Vaccination in Burma 1900-1911 - 1900-1911
Year: 1900
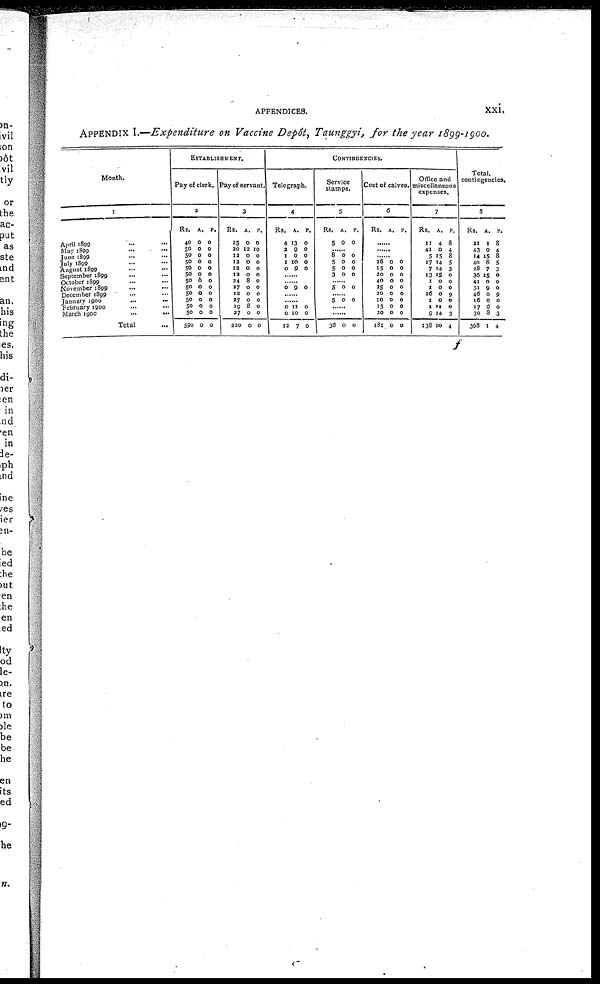
APPENDICES.
xxi.
APPENDIX I.—Expenditure on Vaccine Depôt, Taunggyi, for the year 1899-1900.
Month.
1
April 1809 ... ...
May 1899 ... ...
June 1899 ... ...
July 1899 ... ...
August 1899 ... ...
September 1899 ... ...
October 1899 ... ...
November 1899 ... ...
December 1899 ... ...
January 1900 ... ...
February 1900 ... ...
March 1900
...
...
Total ...
ESTABLISHMENT.
Pay of clerk.
2
Rs.
40
50
50
50
50
50
50
50
50
50
50
50
590
A.
0
0
0
0
0
0
6
0
0
0
0
0
0
P.
0
0
0
0
0
0
0
0
0
0
0
0
0
Pay of servant.
3
Rs.
15
30
12
12
12
12
24
27
12
27
19
27
220
A.
0
12
0
0
0
0
8
0
0
0
8
0
0
P.
0
10
0
0
0
0
0
0
0
0
0
0
0
CONTINGENCIES.
Telegraph.
4
Rs.
4
2
1
1
0
A.
13
9
0
10
9
P.
0
0
0
0
0
......
......
0 9 0
......
......
0
0
12
11
10
7
0
0
0
Service
stamps.
5
Rs.
5
A.
0
P.
0
...... 8
5
5
3
0
0
0
0
0
0
0
0
......
5 0 0
...... 5 0 0
......
......
36 0 0
Cost of calves.
6
Rs. A,
P.
......
......
...... 16
15
20
40
25
20
10
15
20
181
0
0
0
0
0
0
0
0
0
0
0 0 0 0 0 0 0 0 0
0
Office and
miscellaneous
expenses.
7
Rs.
11
41
5
17
7
13
1
1
26
1
1
9
138
A.
4
0
15
14
14
15
0
0
0
0
11
14
10
P.
8
4
8
5
3
0
0
0
9
0
0
3
4
Total.
contingencies.
8
Rs.
21
43
14
40
38
36
41
31
46
16
17
30
368
A.
1
9
15
8
7
15
0
9
0
0
6
8
1
P.
8
4
8
5
3
0
0
0
9
0
0
3
4
f